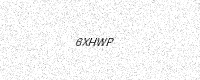
Text: 6XHWP